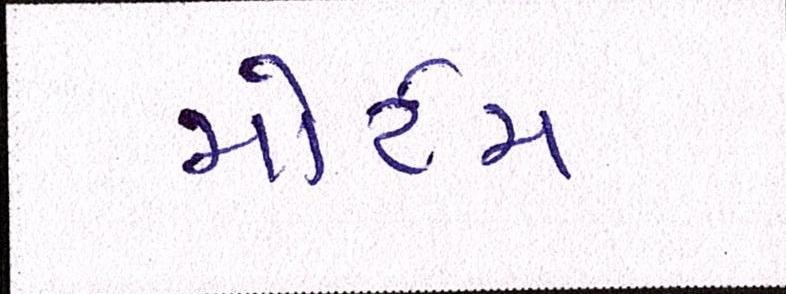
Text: મોર્ટમ